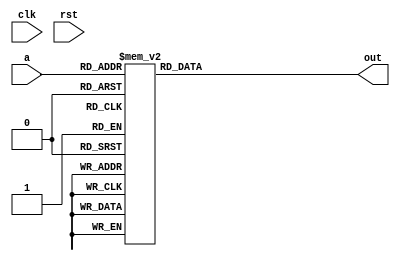
`timescale 1ns / 1ps
//////////////////////////////////////////////////////////////////////////////////
// Company: 
// Engineer: 
// 
// Design Name: 
// Module Name: seg7
// Project Name: 
// Target Devices: 
// Tool Versions: 
// Description: 
// 
// Dependencies: 
// 
// Revision:
// Revision 0.01 - File Created
// Additional Comments:
// 
//////////////////////////////////////////////////////////////////////////////////

module seg7(clk,rst,a,out);

input clk;
input rst ;
input [3:0]a ;

output reg [6:0] out ;

//reg [6:0] out ;

//reg [3:0] sel ;
/*
always@(posedge a)begin
    if(rst)begin
        sel <= 4'd0 ;
    end

    else begin
        sel <= sel + 4'd1 ;
    end
end
*/
always@(*)begin
	case(a)
		4'b0000: out = 7'b1000000;
		4'b0001: out = 7'b1111001;
		4'b0010: out = 7'b0100100;
		4'b0011: out = 7'b0110000;
		4'b0100: out = 7'b0011001;
		4'b0101: out = 7'b0010010;
		4'b0110: out = 7'b0000010;
		4'b0111: out = 7'b1111000;
		4'b1000: out = 7'b0000000;
		4'b1001: out = 7'b0010000;
		4'b1010: out = 7'b0001000;
		4'b1011: out = 7'b0000011;
		4'b1100: out = 7'b1000110;
		4'b1101: out = 7'b0100001;
		4'b1110: out = 7'b0000110;
		4'b1111: out = 7'b0001110;
		default: out = 7'b1111111;
	endcase
end
endmodule